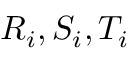
R _ { i } , S _ { i } , T _ { i }